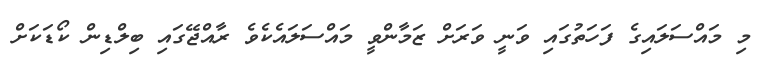
މި މައްސަލައިގެ ފަހަތުގައި ވަނީ ވަރަށް ޒަމާންވީ މައްސަލައެކެވެ ރާއްޖޭގައި ބިލްޑިން ކޯޑަކަށް